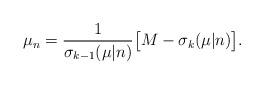
\begin{align*}\mu_{n}=\frac{1}{\sigma_{k-1}(\mu|n)}\big[M-\sigma_{k}(\mu|n)\big].\end{align*}